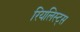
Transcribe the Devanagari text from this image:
रियलिस्ट्स